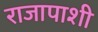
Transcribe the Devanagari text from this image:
राजापाशी